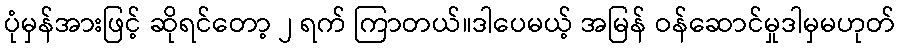
ပုံမှန်အားဖြင့် ဆိုရင်တော့ ၂ ရက် ကြာတယ်။ဒါပေမယ့် အမြန် ဝန်ဆောင်မှုဒါမှမဟုတ်